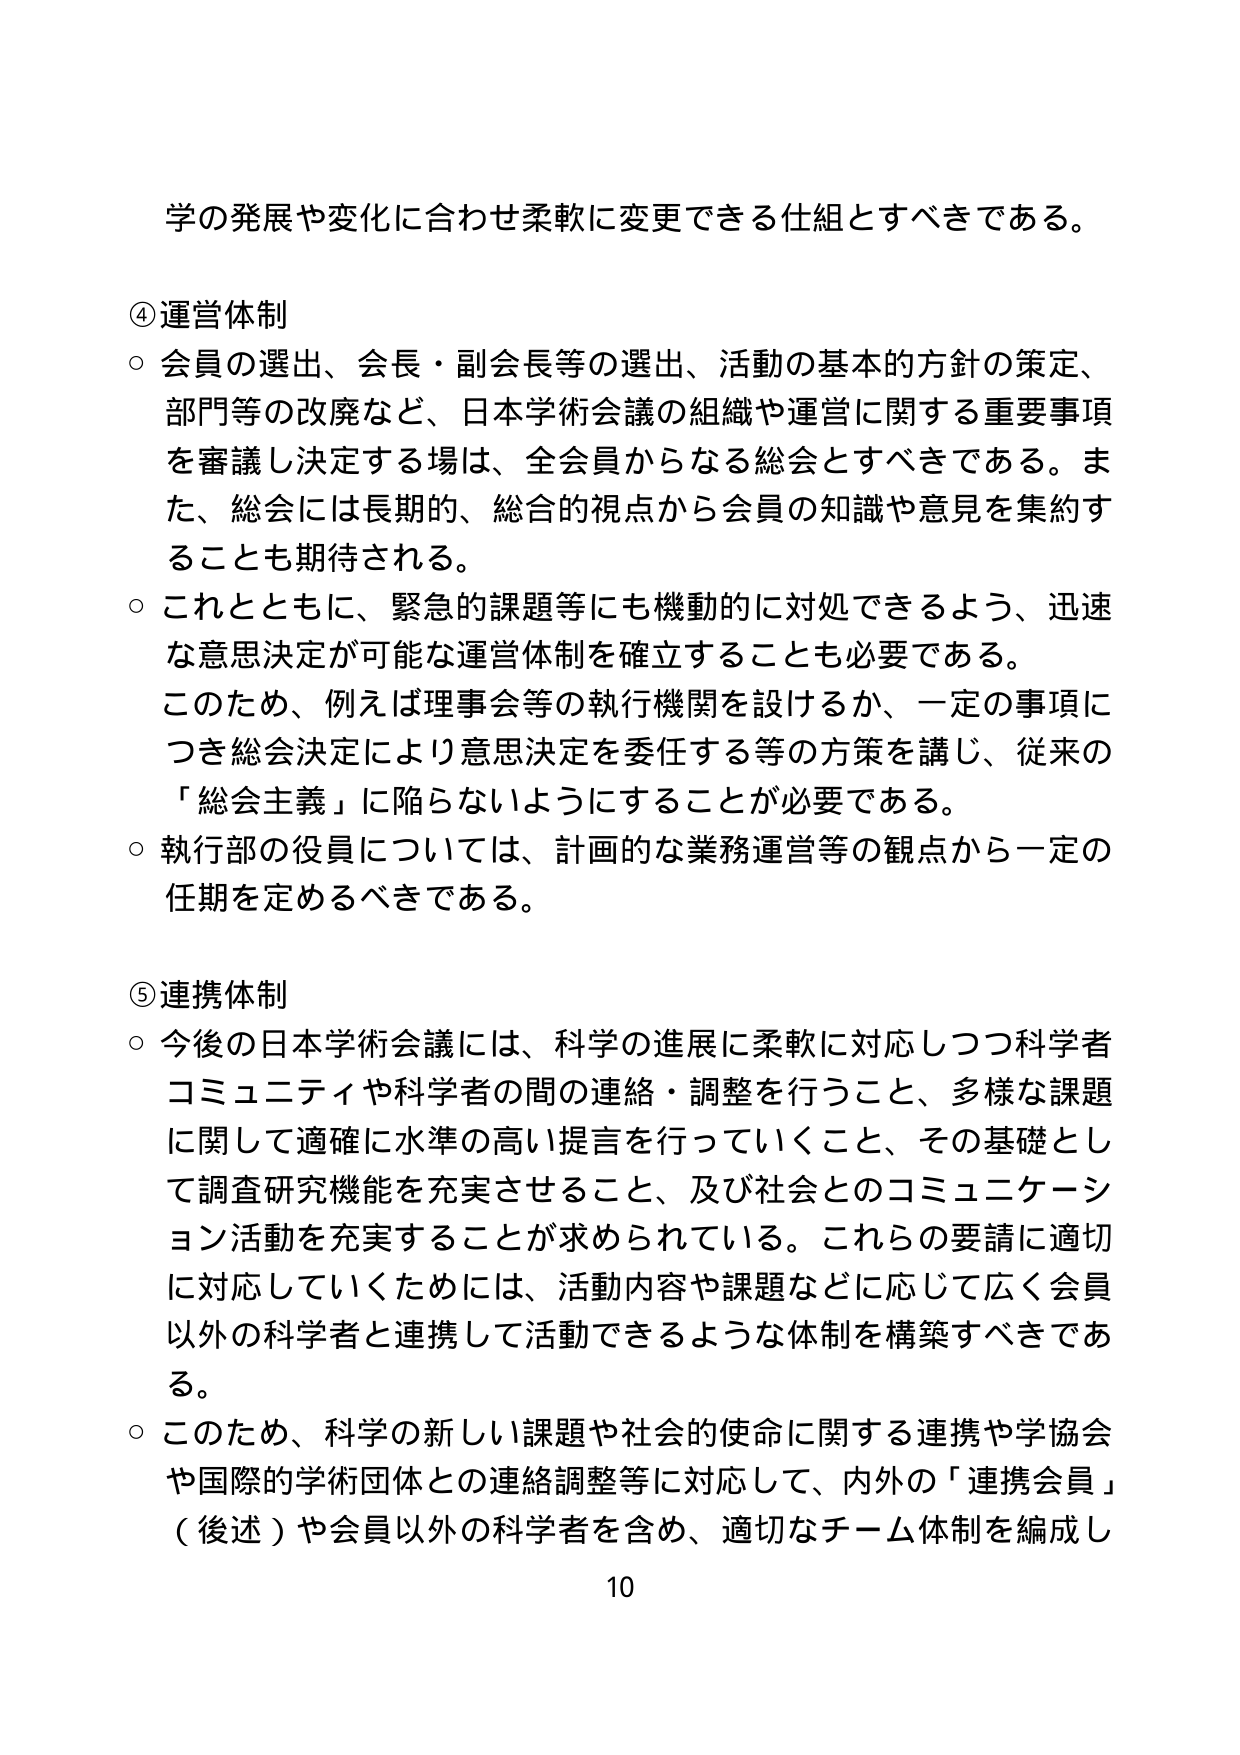
学の発展や変化に合わせ柔軟に変更できる仕組とすべきである。

④運営体制
○ 会員の選出、会長・副会長等の選出、活動の基本的方針の策定、
部門等の改廃など、日本学術会議の組織や運営に関する重要事項
を審議し決定する場は、全会員からなる総会とすべきである。ま
た、総会には長期的、総合的視点から会員の知識や意見を集約す
ることも期待される。
○ これとともに、緊急的課題等にも機動的に対処できるよう、迅速
な意思決定が可能な運営体制を確立することも必要である。
このため、例えば理事会等の執行機関を設けるか、一定の事項に
つき総会決定により意思決定を委任する等の方策を講じ、従来の
「総会主義」に陥らないようにすることが必要である。
○ 執行部の役員については、計画的な業務運営等の観点から一定の
任期を定めるべきである。

⑤連携体制
○ 今後の日本学術会議には、科学の進展に柔軟に対応しつつ科学者
コミュニティや科学者の間の連絡・調整を行うこと、多様な課題
に関して適確に水準の高い提言を行っていくこと、その基礎とし
て調査研究機能を充実させること、及び社会とのコミュニケーション活動を充実することが求められている。これらの要請に適切
に対応していくためには、活動内容や課題などに応じて広く会員
以外の科学者と連携して活動できるような体制を構築すべきであ
る。
○ このため、科学の新しい課題や社会的使命に関する連携や学協会
や国際的学術団体との連絡調整等に対応して、内外の「連携会員」
（後述）や会員以外の科学者を含め、適切なチーム体制を編成し

10